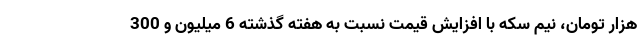
هزار تومان، نیم سکه با افزایش قیمت نسبت به هفته گذشته 6 میلیون و 300